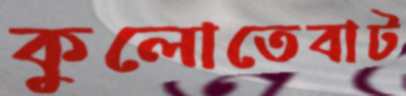
কুলোতেবাট